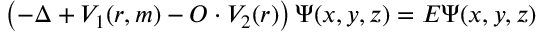
\left( - \Delta + V _ { 1 } ( r , m ) - O \cdot V _ { 2 } ( r ) \right) \Psi ( x , y , z ) = E \Psi ( x , y , z )